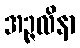
အဉ္ဇလိနာ